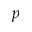
p